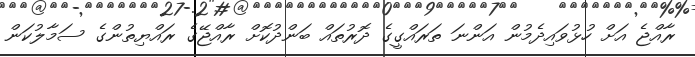
ރާއްޖެ އަށް ހުޅުވައިދެމުން އަންނަ ތަރައްގީގެ ދޮރުތައް ބަންދުކޮށް ރާއްޖޭގެ ރައްޔިތުންގެ ސަމާލުކަން